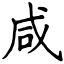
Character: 咸